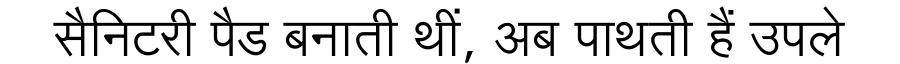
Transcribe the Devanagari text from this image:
सैनिटरी पैड बनाती थीं, अब पाथती हैं उपले